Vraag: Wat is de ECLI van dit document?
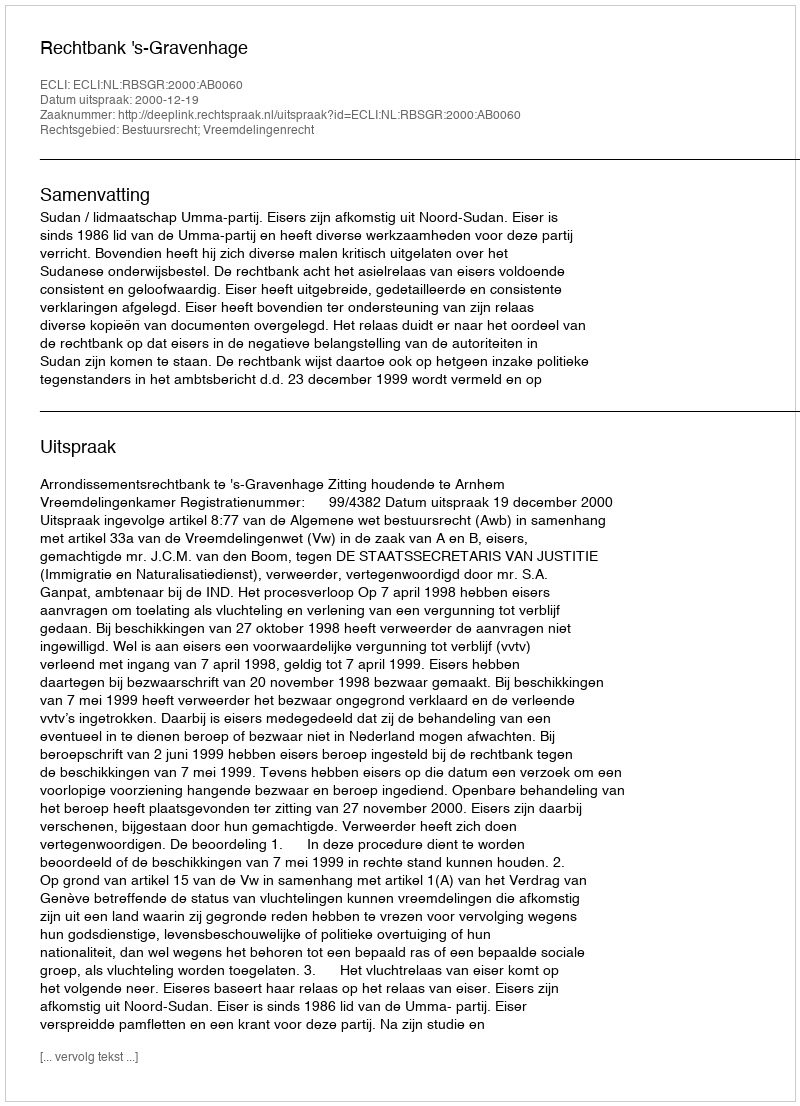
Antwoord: ECLI:NL:RBSGR:2000:AB0060